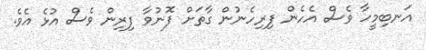
އަނބިމީހާ ވެސް އެހެން ފިރިހެނުން ގާތަށް ފޮނުވާ ފިރިން ވެސް އުޅެ އެވެ.